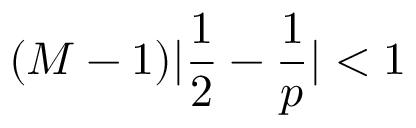
{ ( M - 1 ) | \frac { 1 } { 2 } - \frac { 1 } { p } | < 1 }